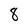
Character: 8